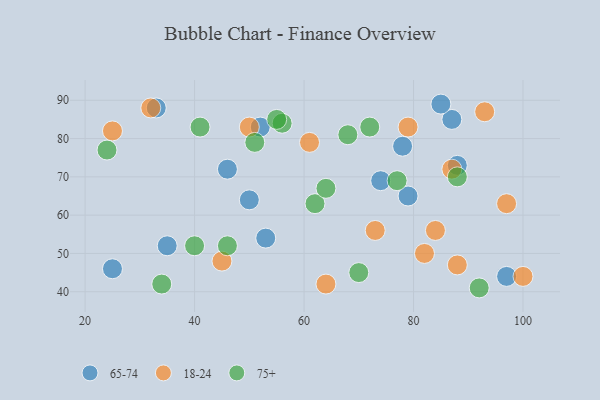
{"axis": {"x": "GDP", "y": "Life Expectancy"}, "legend": ["18-24", "65-74", "75+"], "data": [{"x": "35", "y": 52, "type": "65-74"}, {"x": "79", "y": 65, "type": "65-74"}, {"x": "97", "y": 44, "type": "65-74"}, {"x": "52", "y": 83, "type": "65-74"}, {"x": "33", "y": 88, "type": "65-74"}, {"x": "87", "y": 85, "type": "65-74"}, {"x": "50", "y": 64, "type": "65-74"}, {"x": "53", "y": 54, "type": "65-74"}, {"x": "46", "y": 72, "type": "65-74"}, {"x": "85", "y": 89, "type": "65-74"}, {"x": "78", "y": 78, "type": "65-74"}, {"x": "25", "y": 46, "type": "65-74"}, {"x": "88", "y": 73, "type": "65-74"}, {"x": "74", "y": 69, "type": "65-74"}, {"x": "87", "y": 72, "type": "18-24"}, {"x": "64", "y": 42, "type": "18-24"}, {"x": "97", "y": 63, "type": "18-24"}, {"x": "25", "y": 82, "type": "18-24"}, {"x": "79", "y": 83, "type": "18-24"}, {"x": "100", "y": 44, "type": "18-24"}, {"x": "93", "y": 87, "type": "18-24"}, {"x": "88", "y": 47, "type": "18-24"}, {"x": "50", "y": 83, "type": "18-24"}, {"x": "82", "y": 50, "type": "18-24"}, {"x": "84", "y": 56, "type": "18-24"}, {"x": "45", "y": 48, "type": "18-24"}, {"x": "32", "y": 88, "type": "18-24"}, {"x": "61", "y": 79, "type": "18-24"}, {"x": "73", "y": 56, "type": "18-24"}, {"x": "41", "y": 83, "type": "75+"}, {"x": "56", "y": 84, "type": "75+"}, {"x": "24", "y": 77, "type": "75+"}, {"x": "70", "y": 45, "type": "75+"}, {"x": "40", "y": 52, "type": "75+"}, {"x": "55", "y": 85, "type": "75+"}, {"x": "51", "y": 79, "type": "75+"}, {"x": "92", "y": 41, "type": "75+"}, {"x": "46", "y": 52, "type": "75+"}, {"x": "62", "y": 63, "type": "75+"}, {"x": "34", "y": 42, "type": "75+"}, {"x": "72", "y": 83, "type": "75+"}, {"x": "64", "y": 67, "type": "75+"}, {"x": "77", "y": 69, "type": "75+"}, {"x": "68", "y": 81, "type": "75+"}, {"x": "88", "y": 70, "type": "75+"}]}